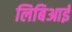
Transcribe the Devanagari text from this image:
लिबिआई